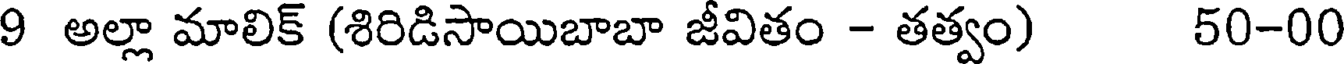
9 అల్లా మాలిక్ (శిరిడిసాయిబాబా జీవితం - తత్వం) 50-00